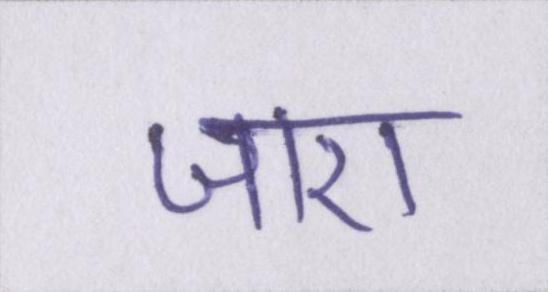
जाए